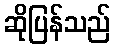
ဆိုပြန်သည်